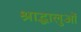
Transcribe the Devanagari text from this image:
श्राद्धालुओं